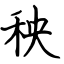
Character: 秧